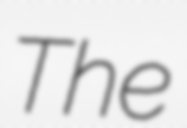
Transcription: The